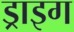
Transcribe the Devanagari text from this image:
ड्राइग